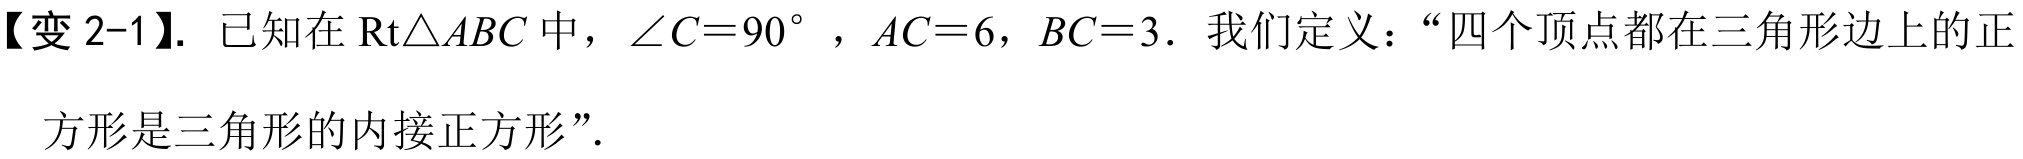
【变 2-1】. 已知在$\text{Rt}\triangle ABC$中，$\angle C = 90^{\circ}$，$AC = 6$，$BC = 3$．我们定义：“四个顶点都在三角形边上的正方形是三角形的内接正方形”.